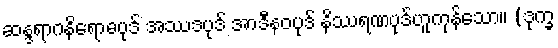
ဆန္ဒရာဂနိရောဓပုဒ် အဿဒပုဒ် အာဒီနဝပုဒ် နိဿရဏပုဒ်ဟူကုန်သော။ (ဒုက္ခ